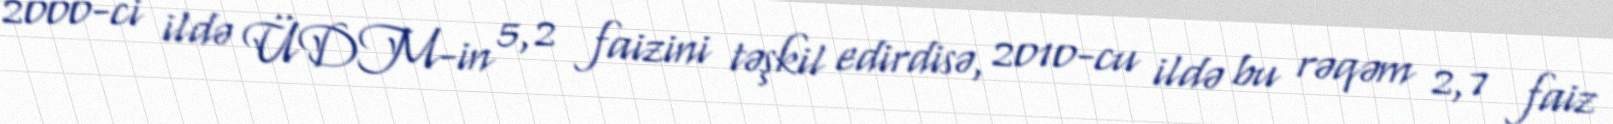
2000-ci ildə ÜDM-in 5,2 faizini təşkil edirdisə, 2010-cu ildə bu rəqəm 2,7 faiz